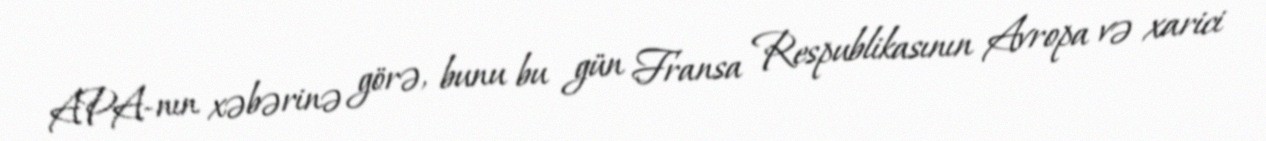
APA-nın xəbərinə görə, bunu bu gün Fransa Respublikasının Avropa və xarici